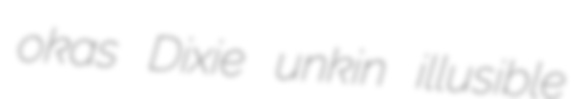
okas Dixie unkin illusible